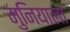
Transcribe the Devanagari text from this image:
मुनियाला